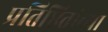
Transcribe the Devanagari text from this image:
प्रतिष्ठितांच्या